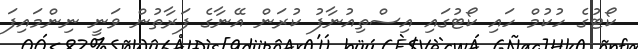
ކޯޓުގެ ހުކުމް ހައި ކޯޓުގައި އިސްތިއުނާފު ކުރަން އޭނާގެ ފަރާތުން ވަނީ ނިންމައިފަ